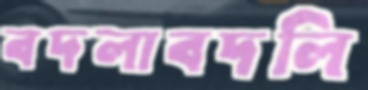
বদলাবদলি